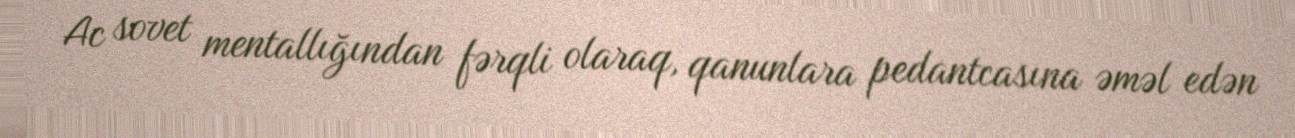
Ac sovet mentallığından fərqli olaraq, qanunlara pedantcasına əməl edən